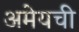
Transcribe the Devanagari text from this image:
अमेयची